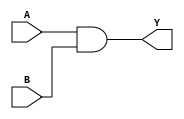
module AND(Y,A,B);
	input A,B;
	output Y;
	wire x;	
	nand(x,A,B);
	nand(Y,x,x);
endmodule

module _16_BIT_AND(Y,A,B);
	input [15:0]A;
	input [15:0]B;
	output [15:0]Y;
	AND and_1[15:0](Y,A,B);
endmodule